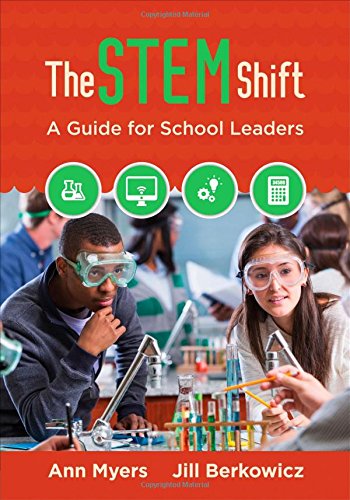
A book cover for The STEM Shift: A Guide for School Leaders; Ann P. Myers; Science & Math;